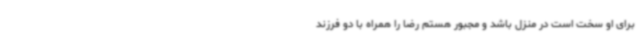
برای او سخت است در منزل باشد و مجبور هستم رضا را همراه با دو فرزند